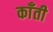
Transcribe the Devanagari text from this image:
काँती